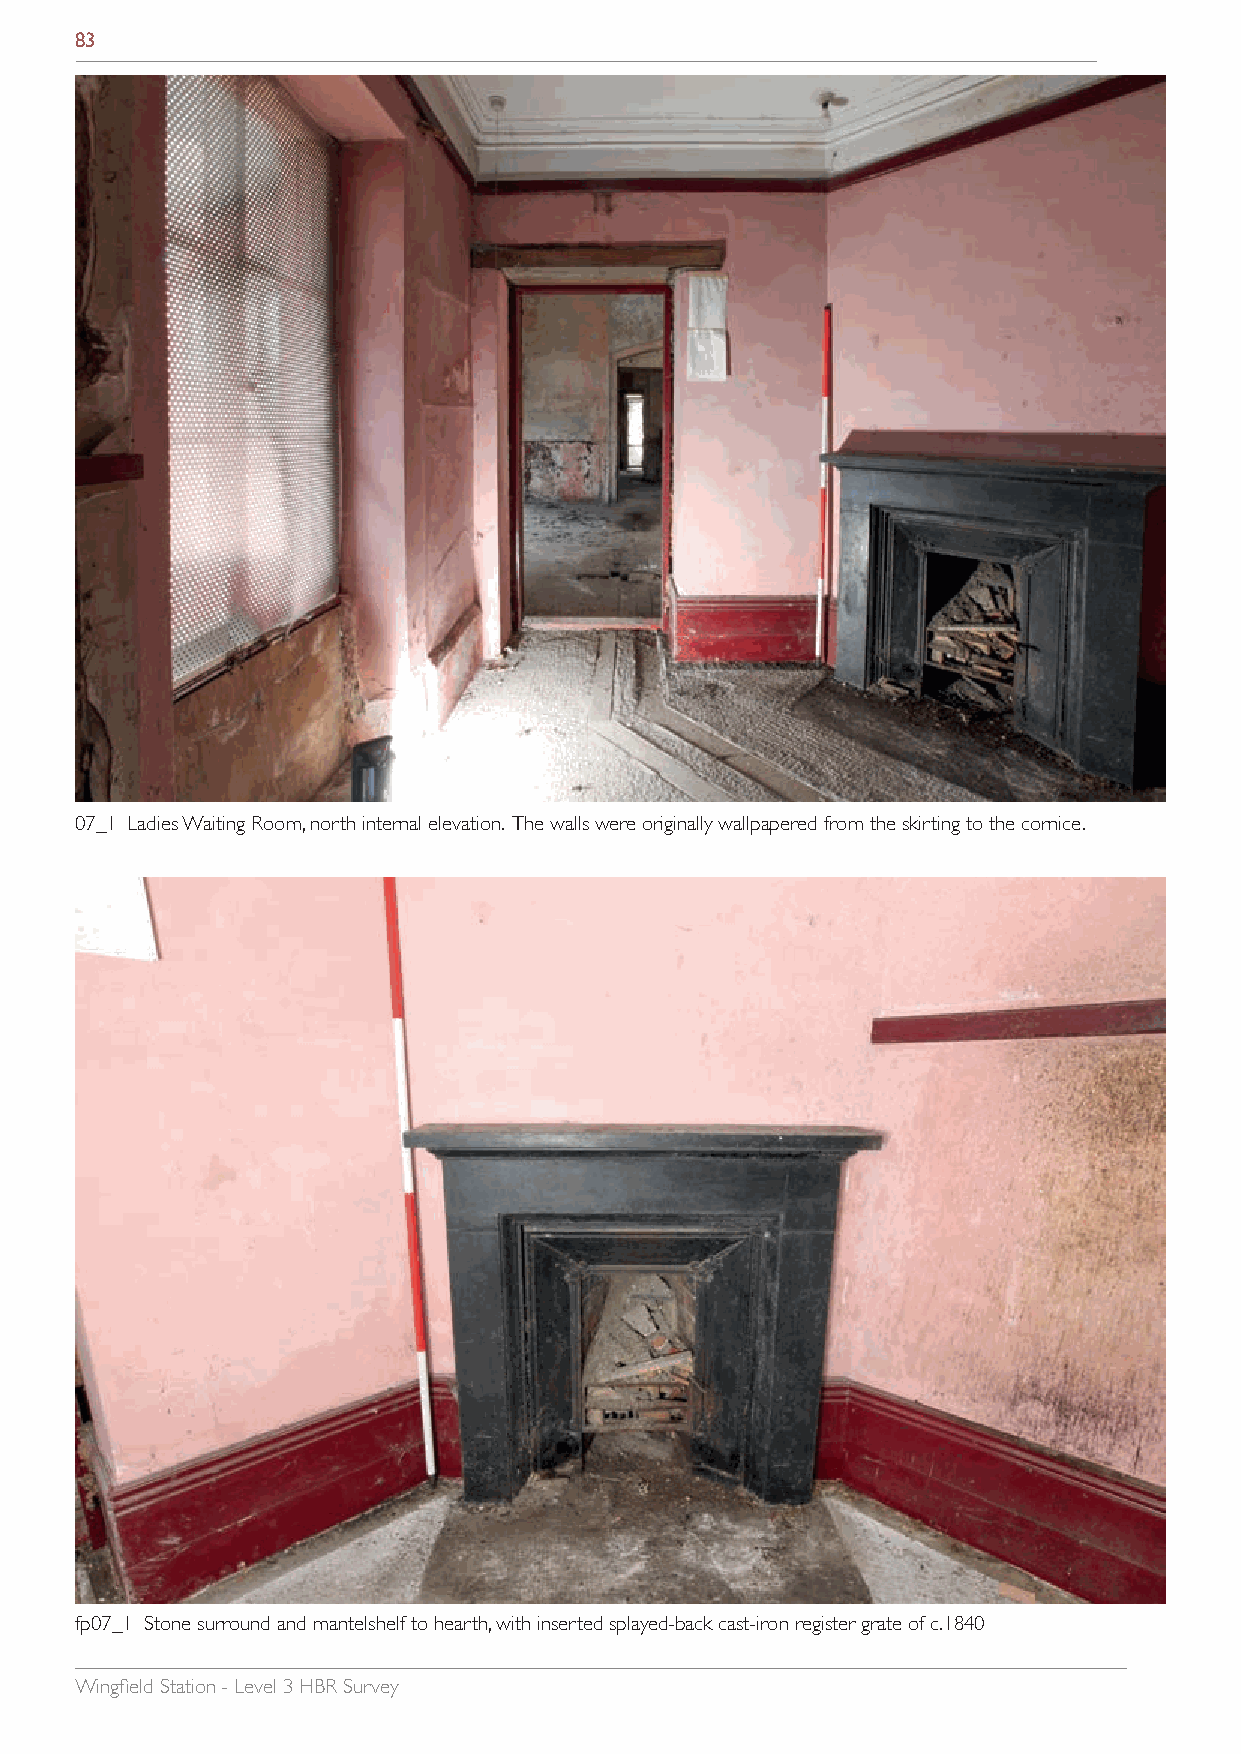
83
 07_1 Ladies Waiting Room, north internal elevation. The walls were originally wallpapered from the skirting to the cornice.
 fp07_1 Stone surround and mantelshelf to hearth, with inserted splayed-back cast-iron register grate of c.1840
 Wingfield Station - Level 3 HBR Survey